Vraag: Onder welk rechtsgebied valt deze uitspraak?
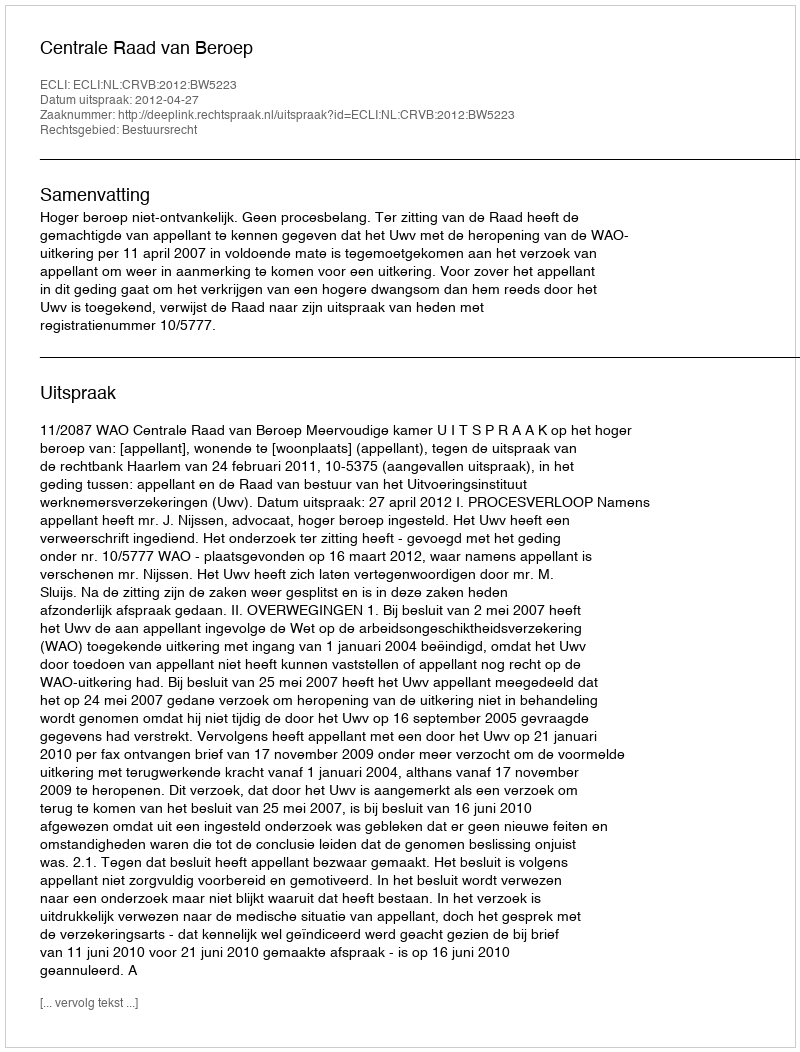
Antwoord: Bestuursrecht